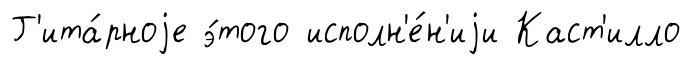
Г'ита́рноjе э́того исполн'е́н'иjи Каст'илло